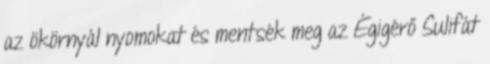
az ökörnyál nyomokat és mentsék meg az Égigérő Sulifát